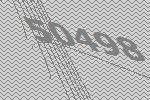
50498